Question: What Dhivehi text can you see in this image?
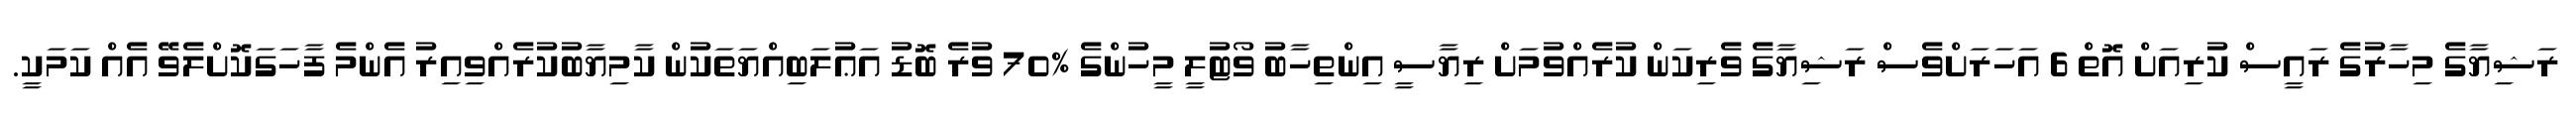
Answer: ރަޝިޔާގެ މިހާރުގެ ރައީސް ކުރިއަށް އޮތް 6 އަހަރަށްވެސް ރަޝިޔާގެ ވެރިކަން ކުރެއްވުމަށް ރިޔާސީ އިންތިހާބު ވޯޓުލީ މީހުންގެ %70 ވުރެ ބޮޑު އަޢުލަބިއްޔަތަކުން ކާމިޔާބުކުރެއްވިއިރު އެންމެ ފާހަގަކޮށްލެވޭ އެއް ކަމަކީ.